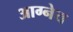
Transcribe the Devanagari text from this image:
अाग्नेय